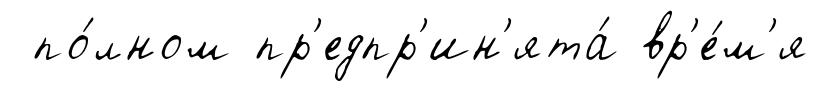
по́лном пр'едпр'ин'ята́ вр'е́м'я